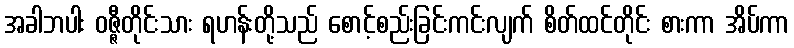
အခါဘပါး ဝဇ္ဇီတိုင်းသား ရဟန်းတို့သည် စောင့်စည်းခြင်းကင်းလျက် စိတ်ထင်တိုင်း စားကာ အိပ်ကာ